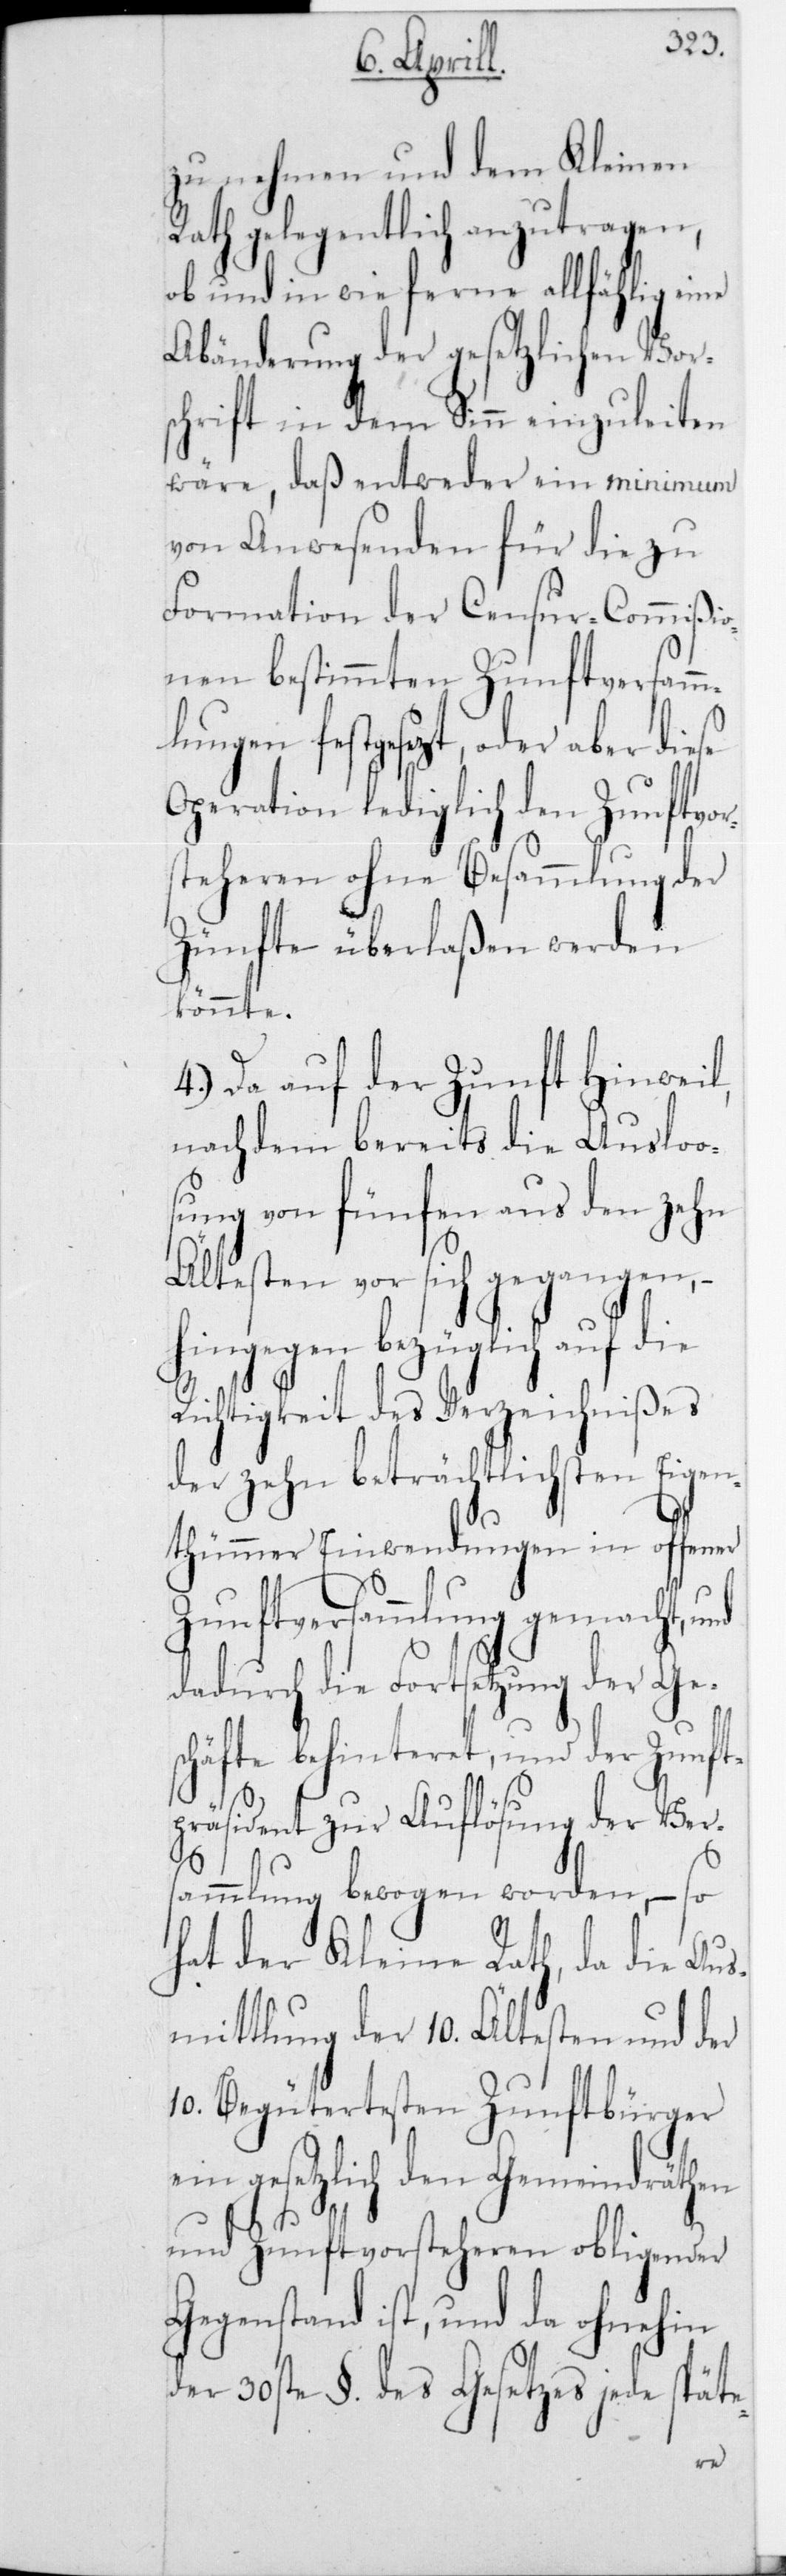
zu nehmen und dem Kleinen
Rath gelegentlich anzutragen,
ob und in wie ferne allfählig eine
Abänderung der gesetzlichen Vors¬
chrift in dem Sinn einzuleiten
wäre, daß entweder ein minimum
von Anwesenden für die zu
Formation der Censur-Commißio¬
nen bestimmten Zunftversamm¬
lungen festgesezt, oder aber die¬
Operation lediglich den Zunftvor¬
steheren ohne Besammlung der
Zünfte überlaßen werden
könnte.
4.) Da auf der Zunft Hinweil,
nachdem bereits die Auslo¬
sung von fünfen aus den zehn
Ältetsten vor sich gegangen,
hingegen bezüglich auf die
Richtigkeit des Verzeichnißes
der zehn beträchtlichsten Eige¬
nthümmer Einwendungen in offener
Zunftversammlung gemacht,
dadurch die Fortsetzung der Ge¬
schäfte behinteret, und der Zunf¬
tpräsident zur Auflösung der Ver¬
sammlung bewogen worden, – so
hat der Kleine Rath, da die Aus¬
mittlung der 10 Ältesten und der
10 Begütertesten Zunftbürger
ein gesetzlich den Gemeindräthen
und Zunftvorsteheren obliegender
Gegenstand ist, und da ohnehin
der 30ste § des Gesetzes jede spät¬
e-